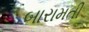
બારામતી